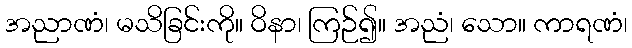
အညာဏံ၊ မသိခြင်းကို။ ဝိနာ၊ ကြဉ်၍။ အညံ၊ သော။ ကာရဏံ၊